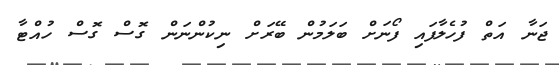
ޖަނާ އަތް ފުހެލާފައި ފޯނަށް ބަލަމުން ބޭރަށް ނިކުންނަން ގޮސް ގޮސް ހުއްޓާ